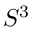
S ^ { 3 }